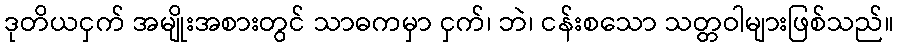
ဒုတိယငှက် အမျိုးအစားတွင် သာဓကမှာ ငှက်၊ ဘဲ၊ ငန်းစသော သတ္တဝါများဖြစ်သည်။